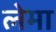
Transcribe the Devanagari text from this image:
लेमा